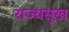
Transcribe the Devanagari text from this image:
राज्यसुख